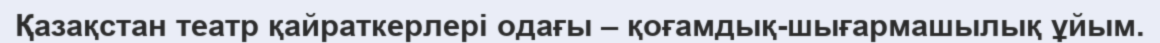
Қазақстан театр қайраткерлері одағы – қоғамдық-шығармашылық ұйым.